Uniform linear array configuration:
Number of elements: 24
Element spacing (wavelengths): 0.25
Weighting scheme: kaiser
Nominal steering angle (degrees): -15
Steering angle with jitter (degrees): -16.786
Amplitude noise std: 0.05
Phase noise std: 0.05

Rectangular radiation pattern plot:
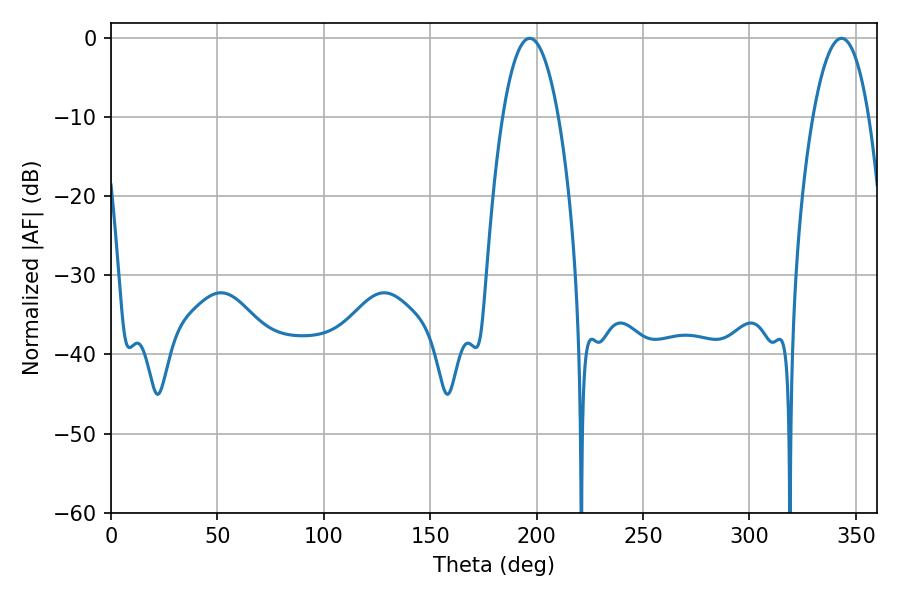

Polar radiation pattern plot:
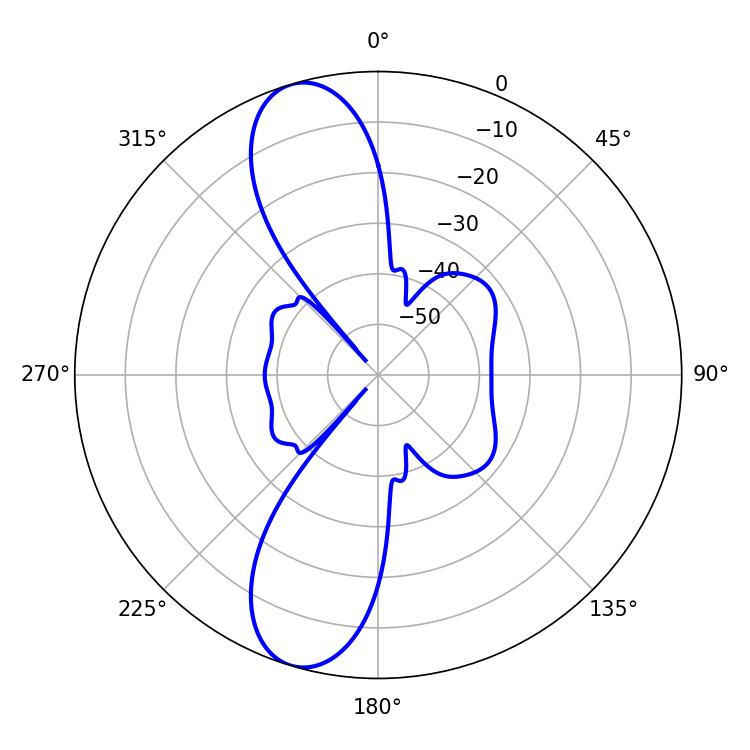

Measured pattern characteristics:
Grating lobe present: FALSE
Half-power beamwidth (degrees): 14.58
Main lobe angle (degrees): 196.74